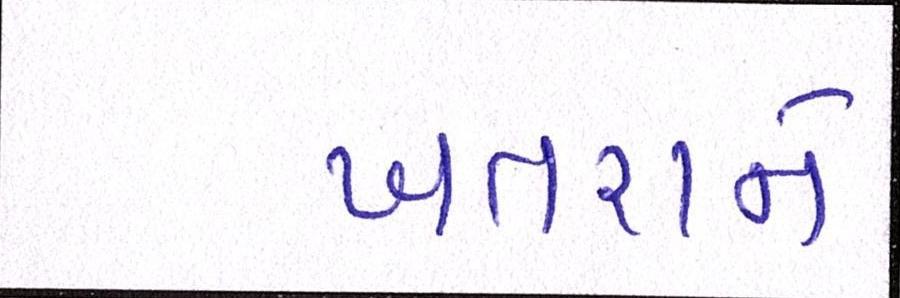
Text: ખતરાને